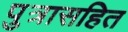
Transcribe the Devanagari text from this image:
पुत्रासहित